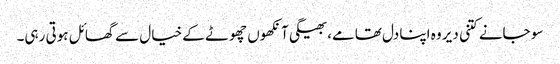
سو جانے کتنی دیر وہ اپنا دل تھامے، بھیگی آنکھوں چھوٹے کے خیال سے گھائل ہوتی رہی۔